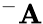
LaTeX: ^-\mathbf{A}